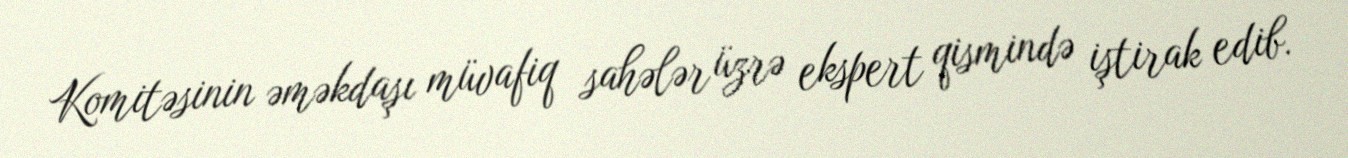
Komitəsinin əməkdaşı müvafiq sahələr üzrə ekspert qismində iştirak edib.